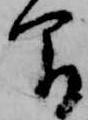
間